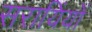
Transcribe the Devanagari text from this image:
सरायिंयों